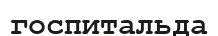
госпитальда